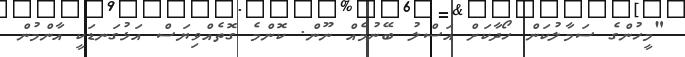
"މީހުންގެ ސަމާލުކަން ހޯދާކަށް އަސްލު ބޭނުމެއް ނޫން. ކޮންމެ ގޮތެއްވިޔަސް އަޅުގަނޑަކީ އާންމުން